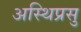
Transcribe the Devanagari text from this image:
अस्थिप्रसु